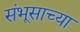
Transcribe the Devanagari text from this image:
संभूसाच्या